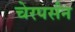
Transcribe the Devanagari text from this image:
चेरपर्सन